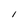
Character: 1